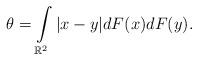
LaTeX: \begin{align*}\theta =\int\limits_{{{\mathbb{R}}^2}} |x - y|dF(x)dF(y).\end{align*}